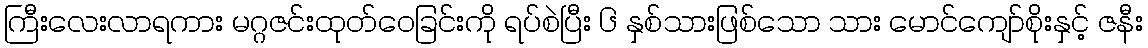
ကြီးလေးလာရကား မဂ္ဂဇင်းထုတ်ဝေခြင်းကို ရပ်စဲပြီး ၆ နှစ်သားဖြစ်သော သား မောင်ကျော်စိုးနှင့် ဇနီး